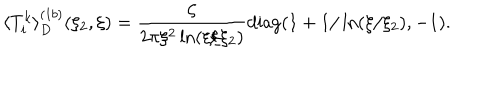
\langle T _ { i } ^ { k } \rangle _ { D } ^ { ( 1 b ) } ( \xi _ { 2 } , \xi ) = \frac { \zeta } { 2 \pi \xi ^ { 2 } \ln ( \xi / \xi _ { 2 } ) } { \mathrm { d i a g } } ( 1 + 1 / \ln ( \xi / \xi _ { 2 } ) , - 1 ) .